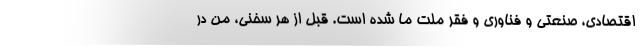
اقتصادی، صنعتی و فناوری و فقر ملت ما شده است. قبل از هر سخنی، من در